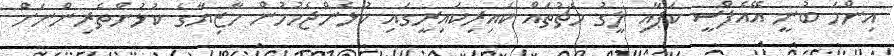
އިންމަ ބުނީ އޭއެފްސީ ކަޕާއި ލީގު މެޗުތައް ކައިރިކައިރީގައި ކުޅެންޖެހުމުން މާޒިޔާގެ ކުޅުންތެރިންނަށް